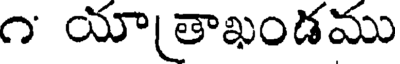
౧ యాతాఖండము